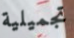
تجميلية